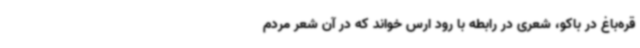
قره‌باغ در باکو، شعری در رابطه با رود ارس خواند که در آن شعر مردم